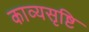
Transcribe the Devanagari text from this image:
काव्यसृष्टि